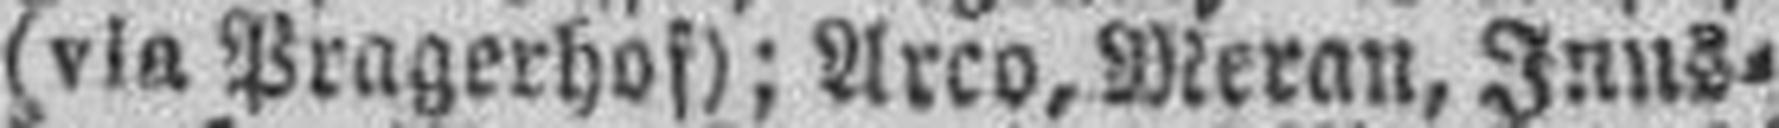
(via Pragerhof); Arco, Meran, Inns¬